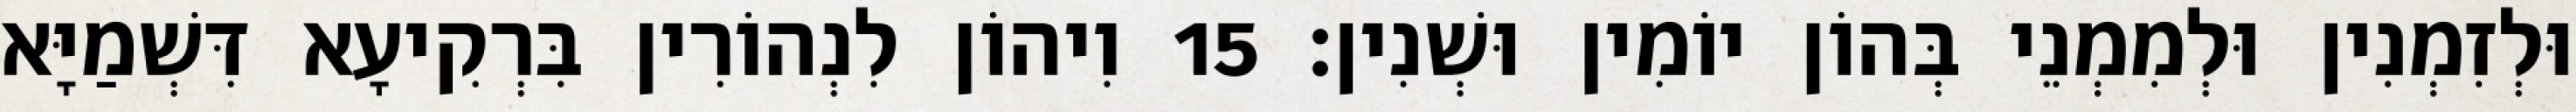
וּלְזִמְנִין וּלְמִמְנֵי בְּהוֹן יוֹמִין וּשְׁנִין׃ 15 וִיהוֹן לִנְהוֹרִין בִּרְקִיעָא דִּשְׁמַיָּא